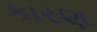
કારણ